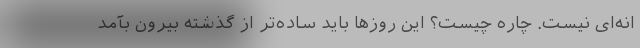
انه‌ای نیست. چاره چیست؟ این روزها باید ساده‌تر از گذشته بیرون بآمد